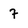
Character: 7